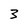
Character: 3